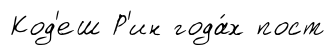
Код'еш Р'ин года́х пост